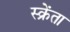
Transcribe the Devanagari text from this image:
स्क्रेंता